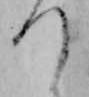
つ